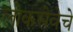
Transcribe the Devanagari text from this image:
लोकसेवेचे